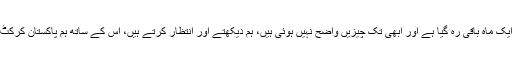
’’ پی ایس ایل کے فائنل میں صرف ایک ماہ باقی رہ گیا ہے اور ابھی تک چیزیں واضح نہیں ہوئی ہیں، ہم دیکھتے اور انتظار کرتے ہیں، اس کے ساتھ ہم پاکستان کرکٹ کی بہتری کے لئے بھی پراْمید ہیں۔